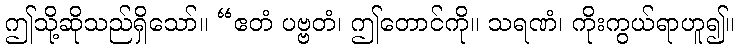
ဤသို့ဆိုသည်ရှိသော်။ “ဧတံ ပဗ္ဗတံ၊ ဤတောင်ကို။ သရဏံ၊ ကိုးကွယ်ရာဟူ၍။